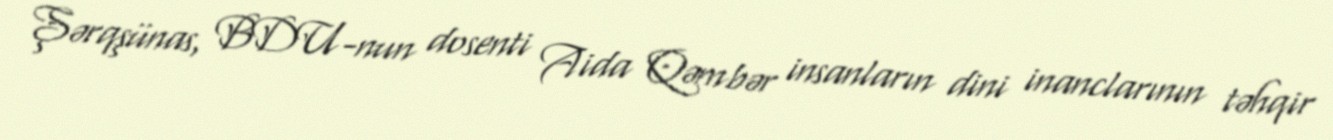
Şərqşünas, BDU-nun dosenti Aida Qəmbər insanların dini inanclarının təhqir